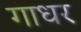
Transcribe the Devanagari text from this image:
गाधर